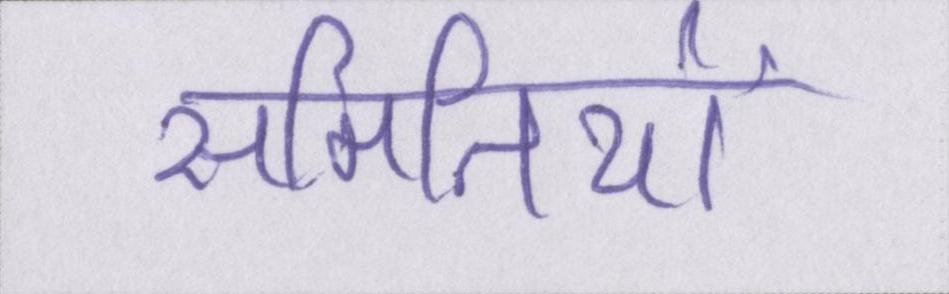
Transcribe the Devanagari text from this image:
समितियों